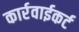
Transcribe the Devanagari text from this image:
कार्रवाईकर्ट